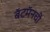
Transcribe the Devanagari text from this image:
बॅटमॅनची